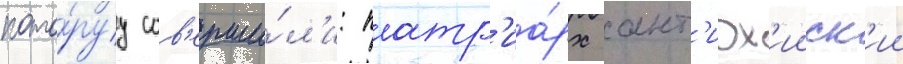
кото́руу сов'ерши́л'и: патр'иа́рх ант'иох'ииск'ии